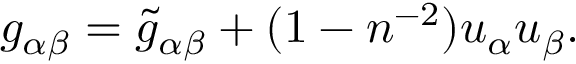
g _ { \alpha \beta } = \tilde { g } _ { \alpha \beta } + ( 1 - n ^ { - 2 } ) u _ { \alpha } u _ { \beta } .